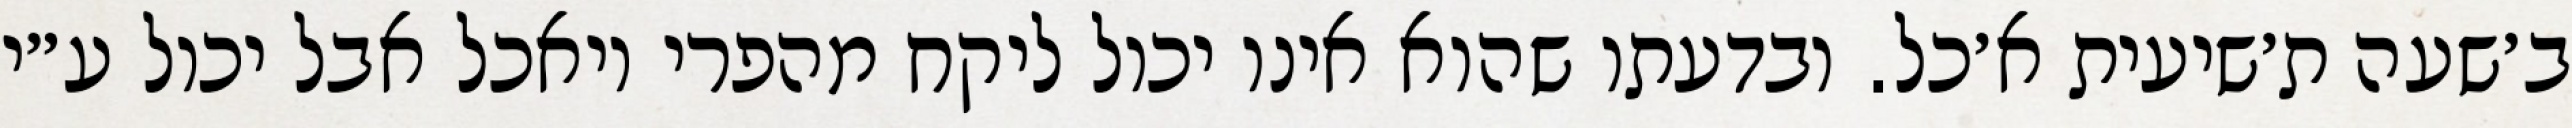
ב׳שעה ת׳שיעית א׳כל. ובדעתו שהוא אינו יכול ליקח מהפרי ויאכל אבל יכול ע״י